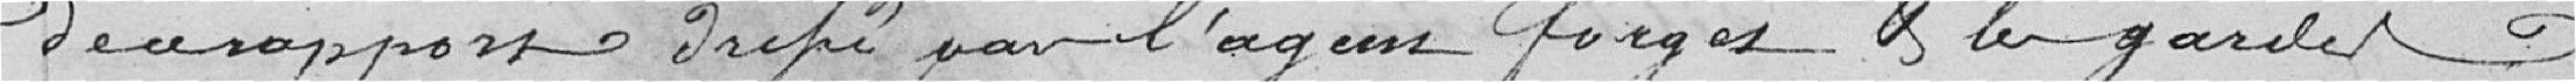
du rapport dressé par l'agent Forges et les gardes